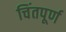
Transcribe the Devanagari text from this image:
चिंतपूर्ण